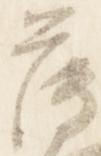
薄